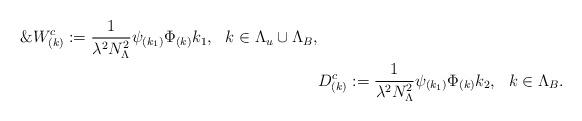
LaTeX: \begin{align*} \& W^c_{(k)} := \frac{1}{\lambda^2N_{\Lambda}^2 } \psi_{(k_1)}\Phi_{(k)} k_1, \ \ k\in \Lambda_u \cup \Lambda_B, \\ & D^c_{(k)} :=\frac{1}{\lambda^2N_{\Lambda}^2}\psi_{(k_1)}\Phi_{(k)}k_2, \ \ k\in \Lambda_B. \end{align*}